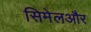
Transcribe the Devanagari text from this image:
सिमेलऔर